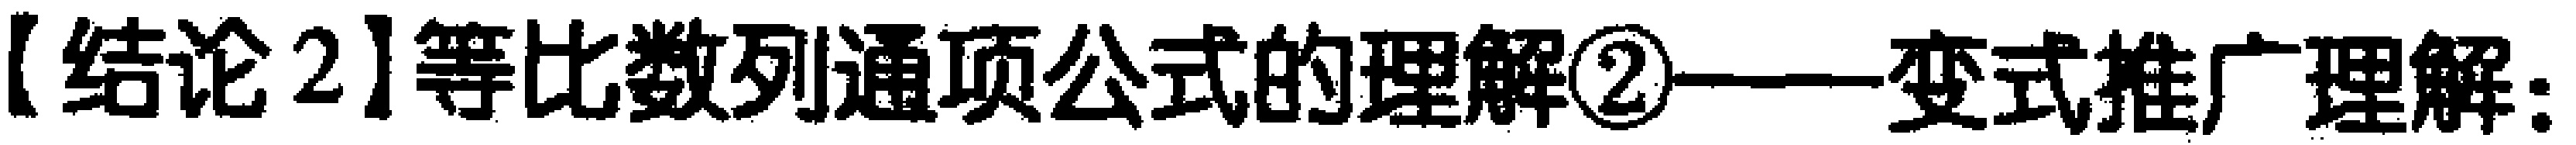
【结论2】等比数列通项公式的理解\textcircled{2}———变式推广理解：